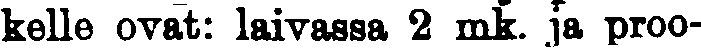
kelle ovat: laivassa 2 mk. ja proo-